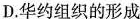
D.华约组织的形成